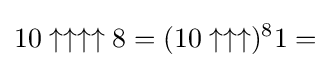
10\uparrow \uparrow \uparrow \uparrow 8=(10\uparrow \uparrow \uparrow )^{8}1=